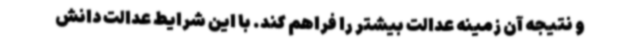
و نتیجه آن زمینه عدالت بیشتر را فراهم کند. با این شرایط عدالت دانش